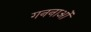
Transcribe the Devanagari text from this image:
गननाओं